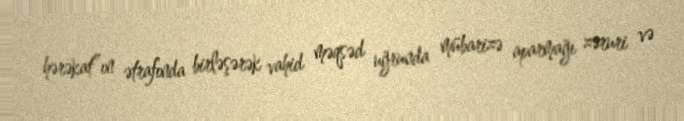
hərəkat”ın ətrafında birləşərək vahid məqsəd uğrunda mübarizə aparmağı zəruri və